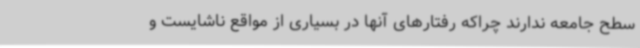
سطح جامعه ندارند چراکه رفتارهای آنها در بسیاری از مواقع ناشایست و